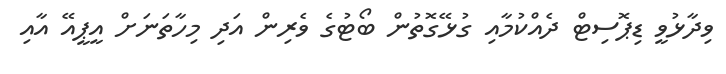
ވިދާޅުވީ ޑިޕޮސިޓް ދެއްކުމާއި ގުޅޭގޮތުން ބޯޓުގެ ވެރިން އަދި މިހާތަނަށް އީޕީއޭ އާއި